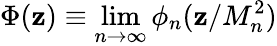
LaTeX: \Phi(\mathbf{z})\equiv\operatorname*{lim}_{n\rightarrow\infty}\phi_{n}(\mathbf{z}/M_{n}^{2})